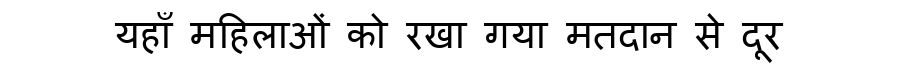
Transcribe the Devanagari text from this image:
यहाँ महिलाओं को रखा गया मतदान से दूर